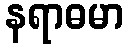
နရာဓမာ